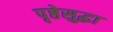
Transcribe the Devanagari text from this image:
पृष्ठेसुद्धा